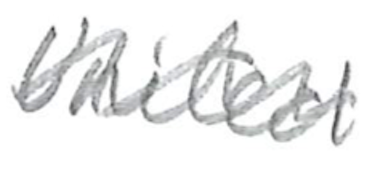
Text: United
Cross-out: wave
Writing tool: pencil